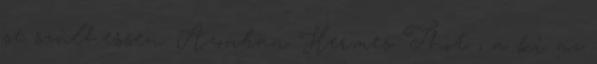
se szülhessen. Azonban Hermes Thot , a ki az